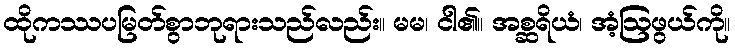
ထိုကဿပမြတ်စွာဘုရားသည်လည်း။ မမ၊ ငါ၏။ အစ္ဆရိယံ၊ အံ့ဩဖွယ်ကို။